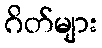
ဂိတ်များ